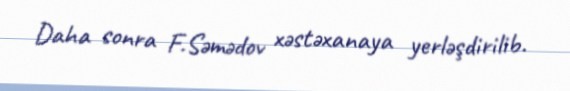
Daha sonra F.Səmədov xəstəxanaya yerləşdirilib.